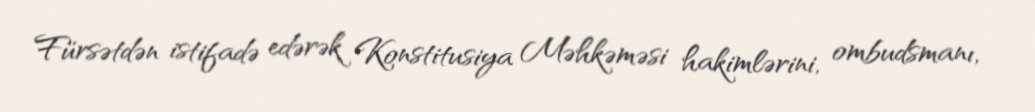
Fürsətdən istifadə edərək Konstitusiya Məhkəməsi hakimlərini, ombudsmanı,